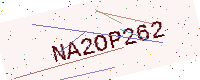
Text: NA2OP262